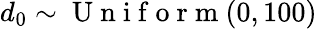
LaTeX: d_{0}\sim\mathrm{~U~n~i~f~o~r~m~}(0,100)